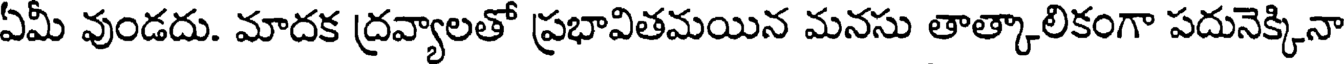
ఏమీ వుండదు. మాదక ద్రవ్యాలతో ప్రభావితమయిన మనసు తాత్కాలికంగా పదునెక్కినా